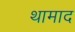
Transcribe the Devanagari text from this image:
थामाद